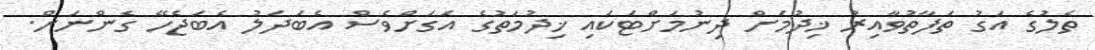
ތެލުގެ އަގު ތަފާތުވާއިރު ޚިދުމަށް ދިނުމަށްޓަކައި ޚިދުމަތުގެ އަގަށްވެސް އެބަދަލު އެބަޖެހޭ ގެންނަށް.